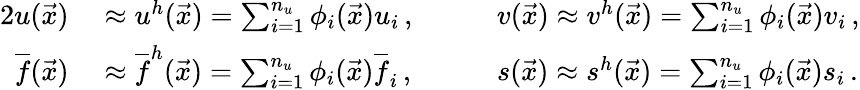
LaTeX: \begin{array}{rlrl}{{2}u(\vec{x})}&{{}\approx u^{h}(\vec{x})=\sum_{i=1}^{n_{u}}\phi_{i}(\vec{x})u_{i}\, ,\quad}&{}&{{}v(\vec{x})\approx v^{h}(\vec{x})=\sum_{i=1}^{n_{u}}\phi_{i}(\vec{x})v_{i}\, ,}\\ {\overline{f}(\vec{x})}&{{}\approx\overline{{f}}^{h}(\vec{x})=\sum_{i=1}^{n_{u}}\phi_{i}(\vec{x})\overline{f}_{i}\, ,\quad}&{}&{{}s(\vec{x})\approx s^{h}(\vec{x})=\sum_{i=1}^{n_{u}}\phi_{i}(\vec{x})s_{i}\, .}\end{array}